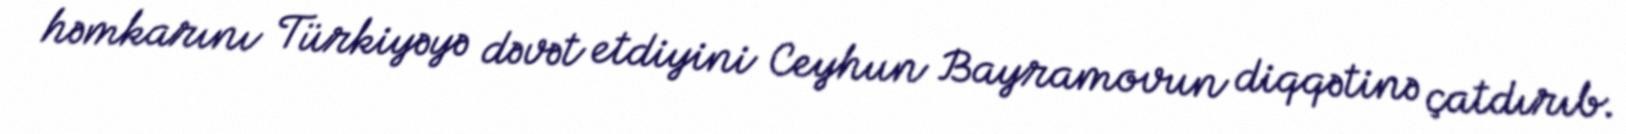
həmkarını Türkiyəyə dəvət etdiyini Ceyhun Bayramovun diqqətinə çatdırıb.